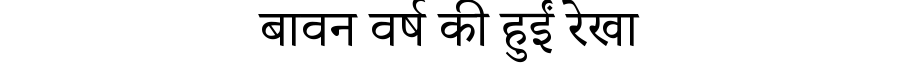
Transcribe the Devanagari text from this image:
बावन वर्ष की हुईं रेखा